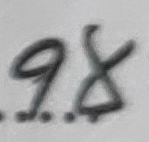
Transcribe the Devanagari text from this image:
१.४